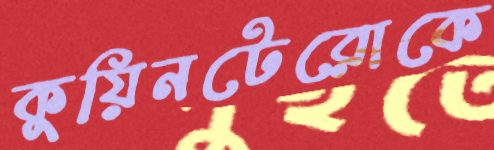
কুয়িনটেরোকে